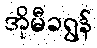
အိုမီခရွန်